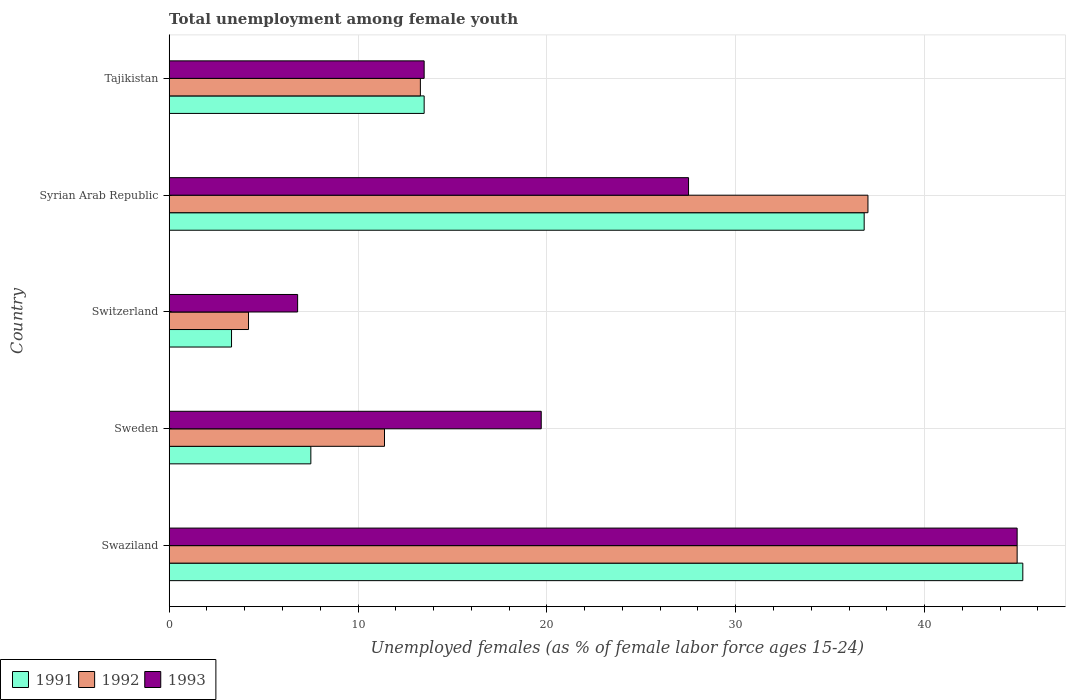
| Country | 1991 | 1992 | 1993 |
 | --- | --- | --- | --- |
 | Swaziland | 45.2 | 44.9 | 44.9 |
 | Sweden | 7.5 | 11.4 | 19.7 |
 | Switzerland | 3.3 | 4.2 | 6.8 |
 | Syrian Arab Republic | 36.8 | 37 | 27.5 |
 | Tajikistan | 13.5 | 13.3 | 13.5 |